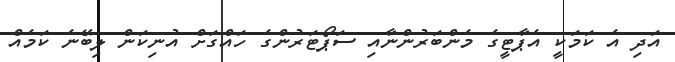
އަދި އެ ކަމަކީ އެޕާޓީގެ މެންބަރުންނާއި ސަޕޯޓަރުންގެ ހައްގަށް އުނިކަން ލިބޭނެ ކަމެއް